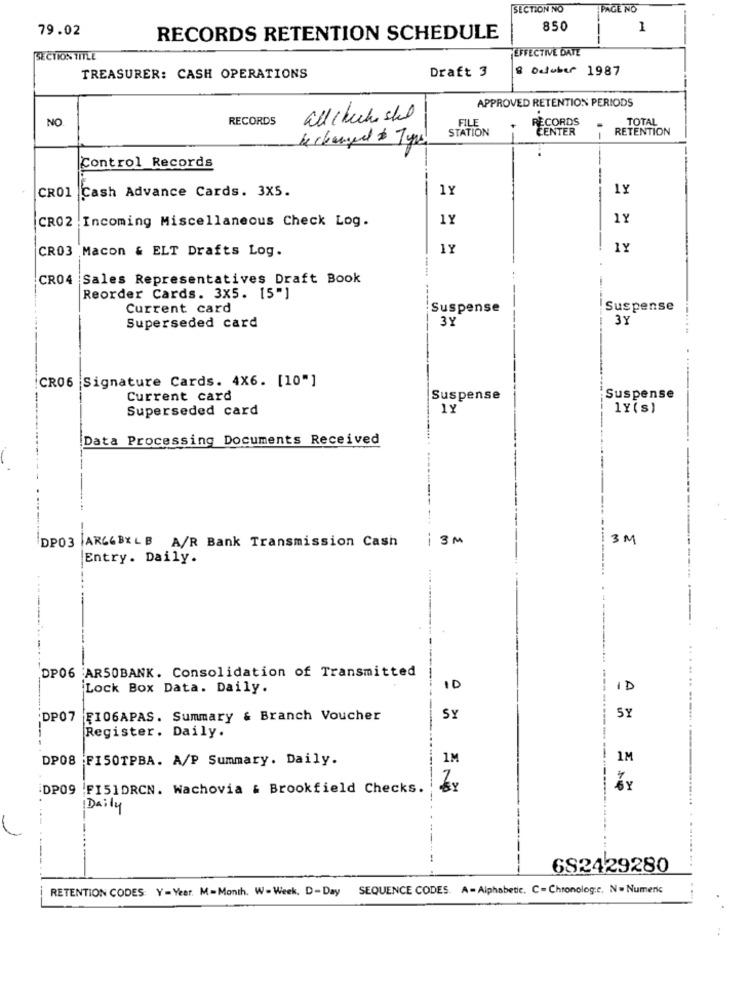
SECTION NO
PAGE NO
79.02
850
1
RECORDS RETENTION SCHEDULE
EFFECTIVE DATE
SECTION TITLE
Draft 3
8 October 1987
TREASURER: CASH OPERATIONS
APPROVED RETENTION PERIODS
NO
RECORDS
all check she
FILE
RECORDS
TOTAL
STATION
CENTER
RETENTION
be changed $ 7yrs
Control Records
CRO1 Cash Advance Cards. 3X5.
1Y
1Y
CR02 . Incoming Miscellaneous Check Log.
1Y
1Y
CR03 Macon & ELT Drafts Log.
1Y
1Y
CR04 Sales Representatives Draft Book
Reorder Cards. 3x5. 15"]
Current card
Suspense
Suspense
3Y
3Y
Superseded card
CR06 |Signature Cards. 4X6. [10"]
Current card
Suspense
Suspense
Superseded card
1Y
1Y(s)
Data Processing Documents Received
i3 m
3 M
DP03 |ARCGBXLB A/R Bank Transmission Cash
Entry. Daily.
DP06 AR50BANK. Consolidation of Transmitted
Lock Box Data. Daily.
10
ID
DP07 FI06APAS. Summary & Branch Voucher
SY
51
Register. Daily.
DP08 FISOTPBA. A/P Summary. Daily.
1M
1M
-------------
DP09 FI51DRCN. Wachovia & Brookfield Checks.
Daily
682429280
RETENTION CODES Y=Year. M=Month. W-Week, D-Day
SEQUENCE CODES. A - Alphabetic. C-Chronologie. N = Numeric